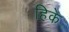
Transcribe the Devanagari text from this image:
हिके